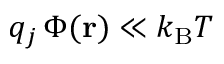
q _ { j } \, \Phi ( \mathbf { r } ) \ll k _ { \mathrm { { B } } } T